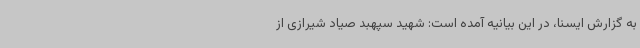
به گزارش ایسنا، در این بیانیه آمده است: شهید سپهبد صیاد شیرازی از